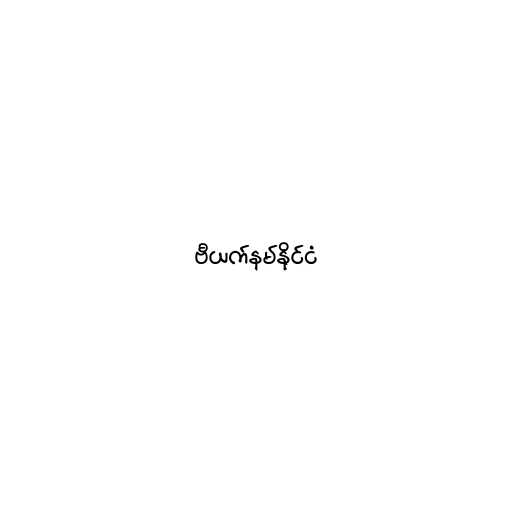
ဗီယက်နမ်နိုင်ငံ